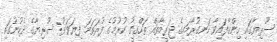
ސޫރިޔާގައި ހިންގާފައިވާ ހަނގުރާމައިގެ ޖަރީމާތައް ތަހްގީގު ކުރުމުގެ ފުރަތަމަ ފިޔަވަޅު: ސޫރިޔާގެ ދެކުނުގައި